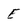
Character: E